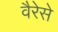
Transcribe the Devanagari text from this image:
वैरेसे